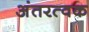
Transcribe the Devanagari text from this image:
अंतरत्‍वक